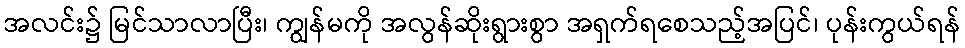
အလင်း၌ မြင်သာလာပြီး၊ ကျွန်မကို အလွန်ဆိုးရွားစွာ အရှက်ရစေသည့်အပြင်၊ ပုန်းကွယ်ရန်